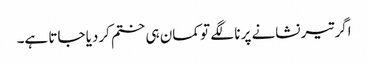
اگر تیر نشانے پر نا لگے تو کمان ہی ختم کردیا جاتا ہے۔